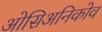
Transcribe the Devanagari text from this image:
ओसिअनिकोव